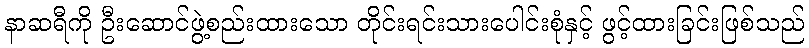
နာဆရီကို ဦးဆောင်ဖွဲ့စည်းထားသော တိုင်းရင်းသားပေါင်းစုံနှင့် ဖွင့်ထားခြင်းဖြစ်သည်